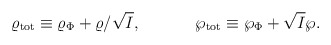
\begin{align*}\varrho_{\rm tot}\equiv\varrho_{\Phi}+\varrho/\sqrt{I},\ \ \ \ \ \ \ \ \ \ \wp_{\rm tot}\equiv\wp_{\Phi}+\sqrt{I}\wp.\end{align*}